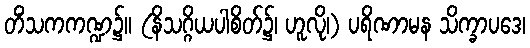
တိံသကကဏ္ဍ၌။ (နိသဂ္ဂိယပါစိတ်၌၊ ဟူလို၊) ပရိဏာမန သိက္ခာပဒေ၊